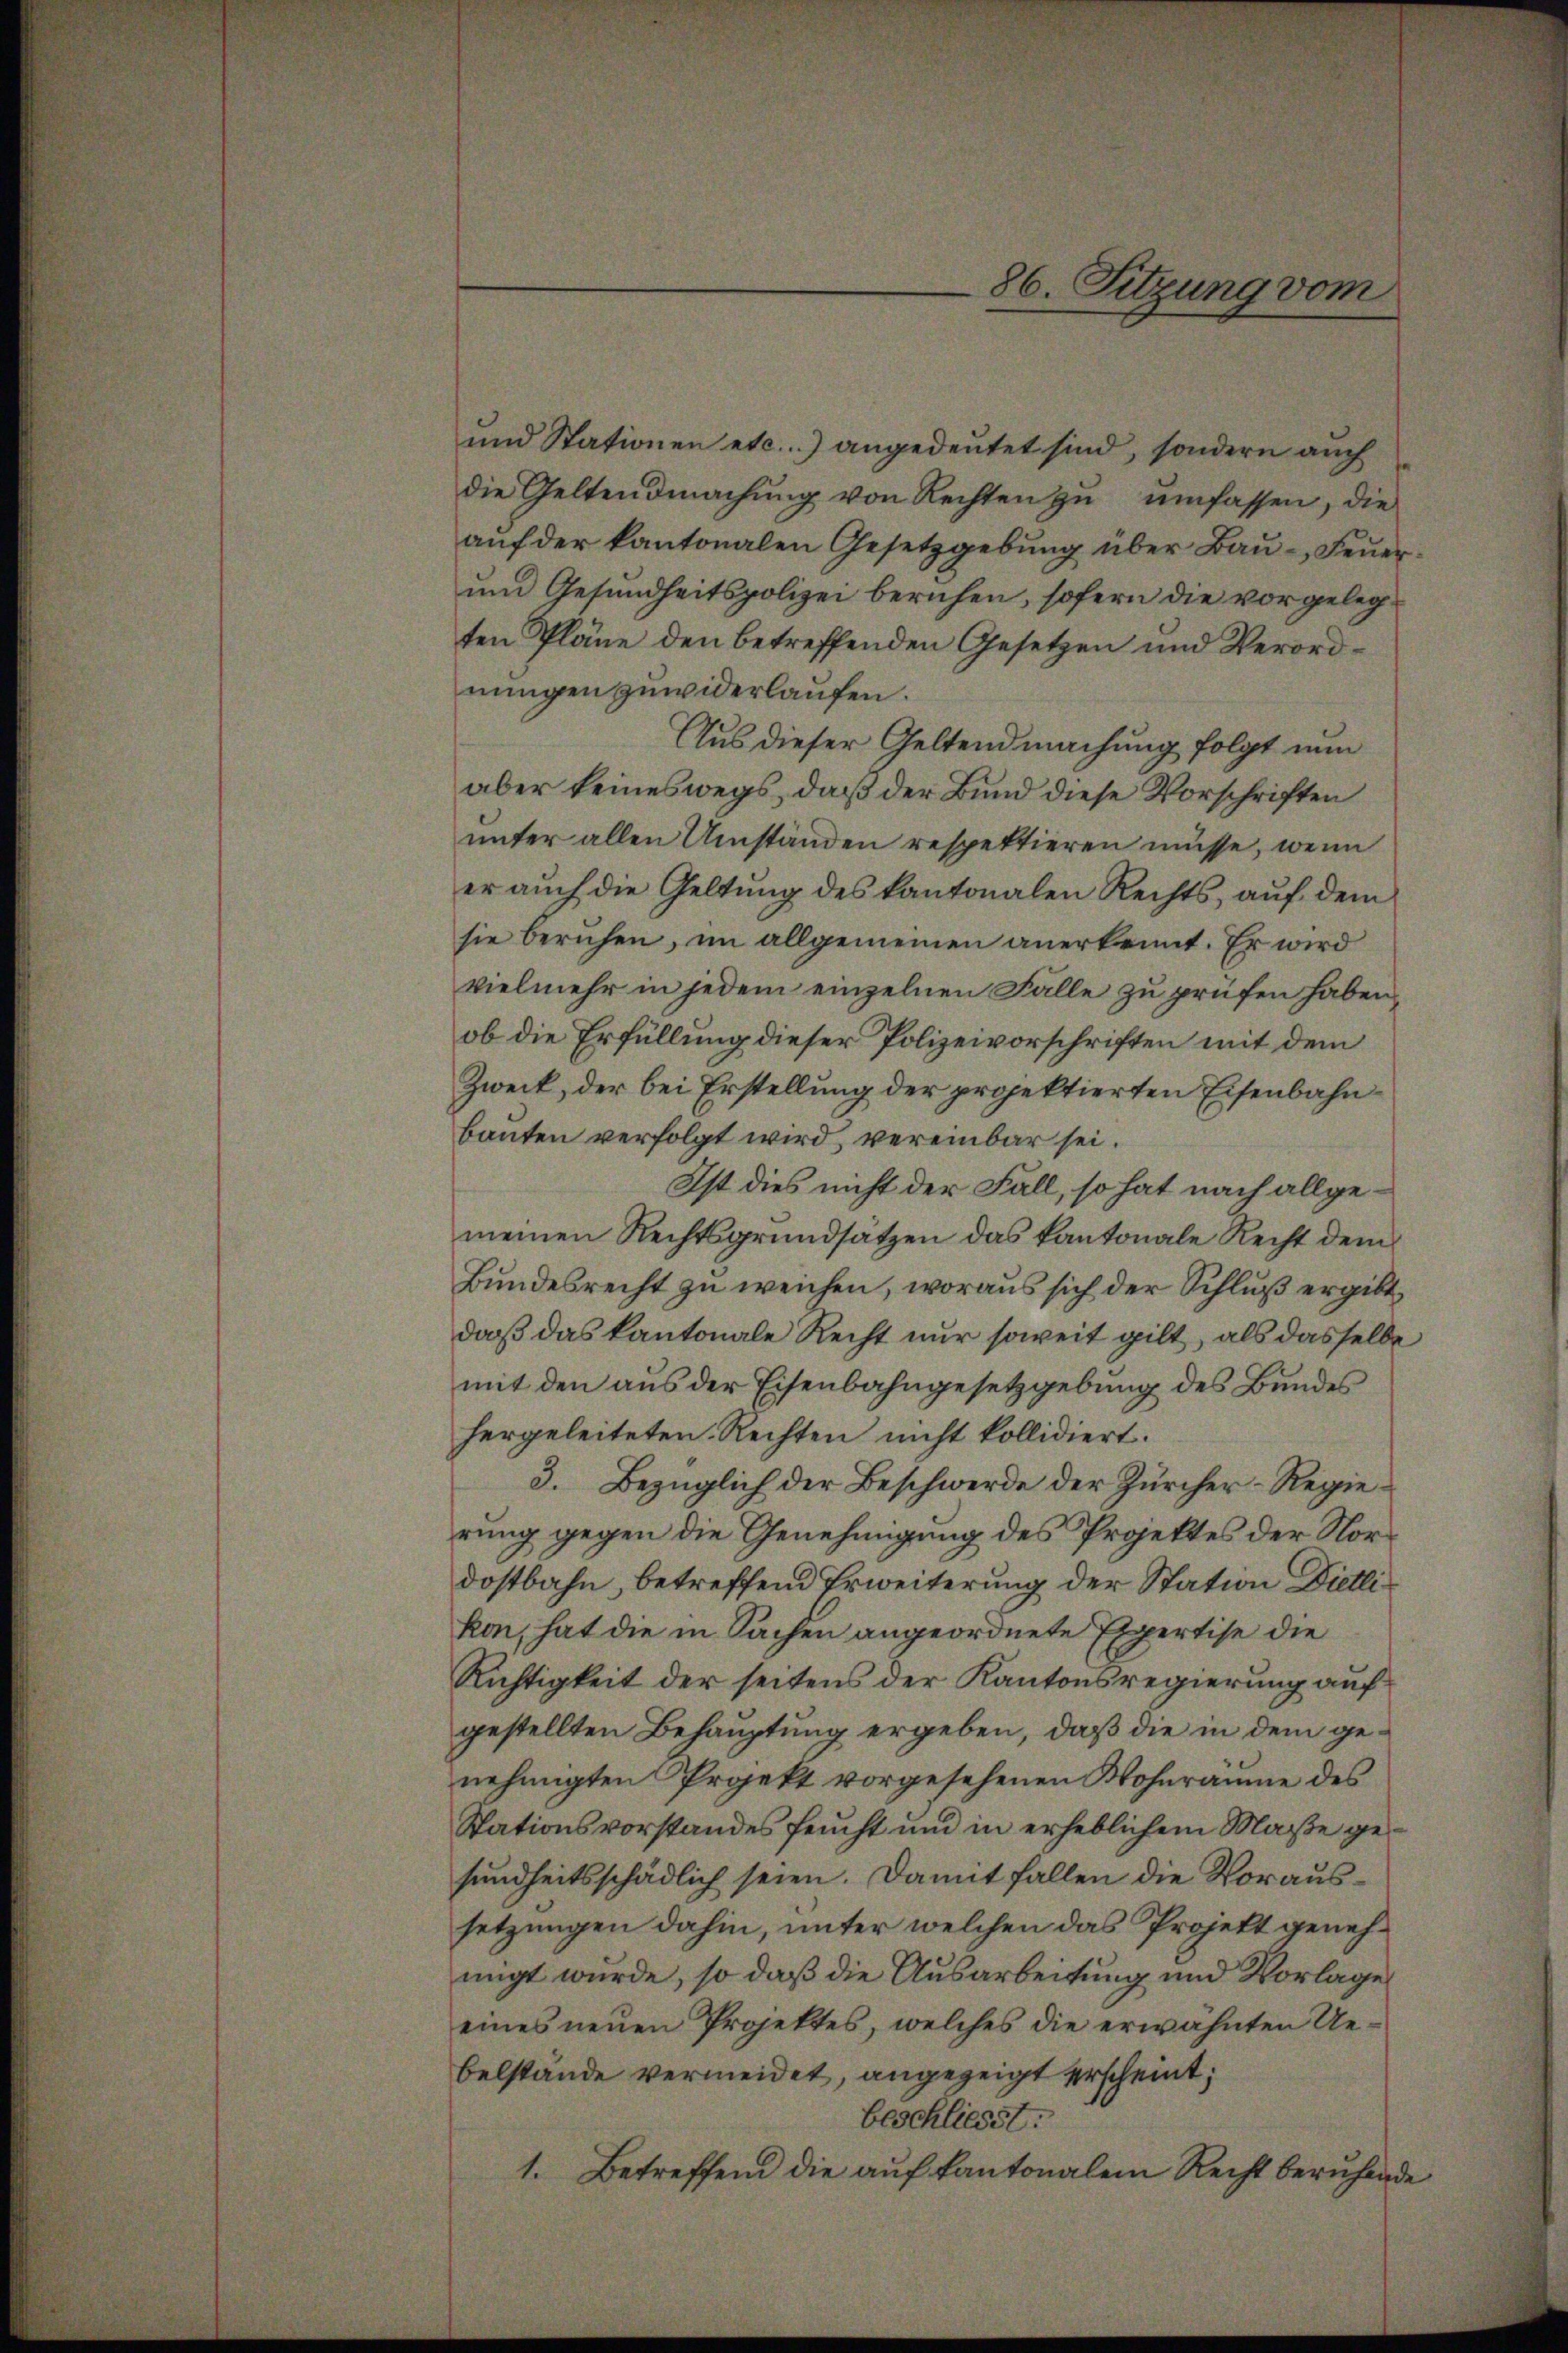
und Stationen etc.) angedeutet sind, sondern auch
die Geltendmachung von Rechten zu umfassen, die
aŭf der kantonalen Gesetzgebung über Bau- Feuer¬
und Gesundheitspolizei beruhen, sofern die vorgelegten Pläne den betreffenden Gesetzen und Verordnungen zuwiderlaufen.
Aus dieser Geltendmachung folgt nun
aber keineswegs, daß der Bund diese Vorschriften
unter allen Umständen respektieren müsse, wenn
er auch die Geltung des kantonalen Rechts aŭf dem
sie beruhen, im allgemeinen anerkennt. Er wird
vielmehr in jedem einzelnen Falle zu prüfen haben,
ob die Erfüllung dieser Polizeivorschriften mit dem
Zweck, der bei Erstellung der projektierten Eisenbahnbauten verfolgt wird, vereinbar sei.
Ist dies nicht der Fall, so hat nach allgemeinen Rechtsgrundsätzen das kantonale Recht dem
Bundesrecht zu weichen, woraus sich der Schluß ergibt,
daß das kantonale Recht nur soweit gilt, als dasselbe
mit den aus der Eisenbahngesetzgebung des Bundes
hergeleiteten Rechten nicht kollidiert.
3. Bezüglich der Beschwerde der Zürcher-Regierung gegen die Genehmigung des Projektes der Nordostbahn, betreffend Erweiterung der Station Dietli
kon, hat die in Sachen angeordnete Expertise die
Richtigkeit der seitens der Kantonsregierung auf
gestellten Behauptung ergeben, daß die in dem genehmigten Projekt vorgesehenen Wohnräume des
Stationsvorstandes feucht und in erheblichem Maße gesundheitsschädlich seien. Damit fallen die Voraussetzungen dahin, unter welchen das Projekt genehnigt wurde, so daß die Ausarbeitung und Vorlage
eines neuen Projektes, welches die erwähnten Uebelstände vermeidet, angezeigt erscheint;
beschliesst.
1. Betreffend die auf kantonalem Recht beruhende

86. Sitzung vom